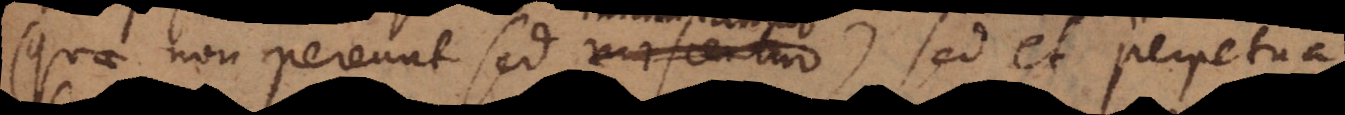
(quae non pereunt sed miscentur), sed et perpetua